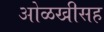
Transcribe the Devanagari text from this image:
ओळखीसह